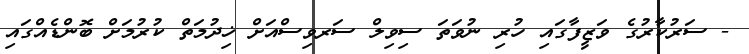
- ސަރުކާރުގެ ވަޒީފާގައި ހުރި ނުވަތަ ސިވިލް ސަރވިސްއަށް ޚިދުމަތް ކުރުމަށް ބޮންޑެއްގައި